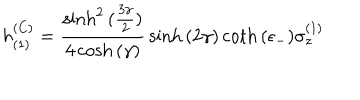
LaTeX: h _ { ( 1 ) } ^ { ( C ) } = { \frac { \sinh ^ { 2 } { ( { \frac { 3 \gamma } { 2 } } ) } } { 4 \cosh { ( \gamma ) } } } \sinh { ( 2 \gamma ) } \coth { ( \epsilon _ { - } ) } \sigma _ { z } ^ { ( 1 ) }